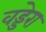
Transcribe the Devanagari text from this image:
वड्डेरा